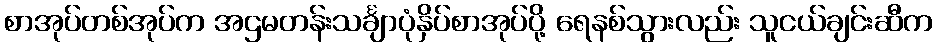
စာအုပ်တစ်အုပ်က အဌမတန်းသင်္ချာပုံနှိပ်စာအုပ်ပို့ ရေနစ်သွားလည်း သူငယ်ချင်းဆီက